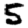
Digit: 5